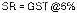
SR = GST @6%